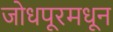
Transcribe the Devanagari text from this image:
जोधपूरमधून